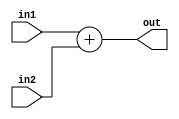
module Adder
(
	input [63:0] in1,in2,
	output reg [63:0] out
);

always @(*) out = in1 + in2;

endmodule